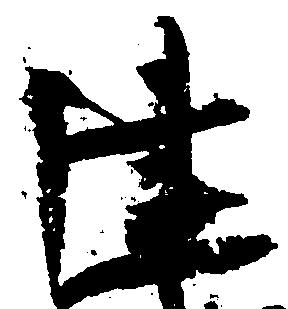
建